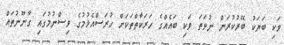
ވަކި ބަޔަކު ބޭރުކުރަން ނުވަތަ ވަކި ބައެއްގެ ހަރަކާތްތަކަށް ހުރަސްއެޅުމުގެ ވިސްނުމުގައި ގާނޫނުތައް